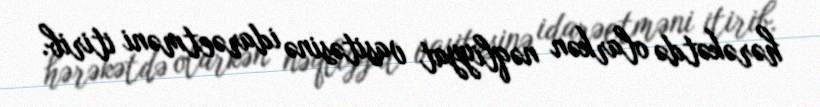
hərəkətdə olarkən nəqliyyat vasitəsinə idarəetməni itirib.